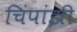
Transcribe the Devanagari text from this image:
चिंपांझी